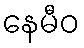
နေမီဝ